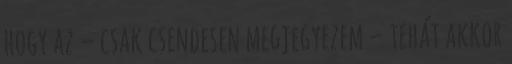
hogy az – csak csendesen megjegyezem – tehát akkor